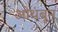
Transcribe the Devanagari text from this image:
ओथंबून